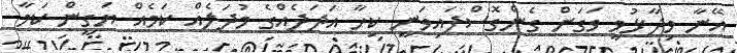
އޭނާ ވިދާޅުވީ ވަގަށް ގެންގޮސްފައިވަނީ ކިހާ އަދަދެއްގެ މުދަލެއް ކަމެއް ޔަގީން ކަމާ